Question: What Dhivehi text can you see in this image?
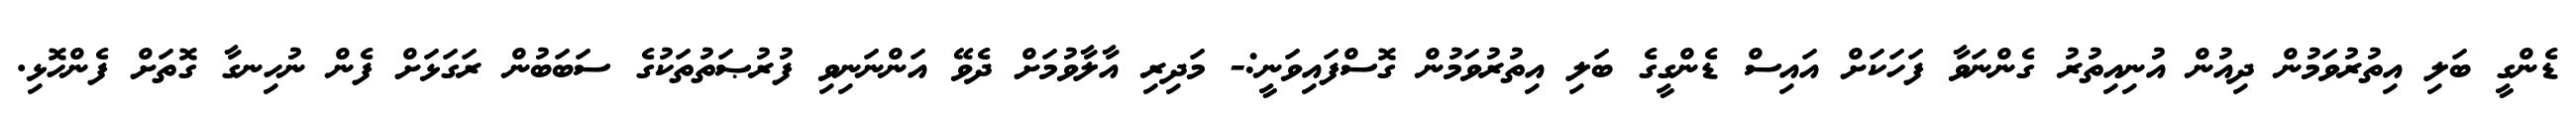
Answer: ޑެންގީ ބަލި އިތުރުވަމުން ދިއުން އުނިއިތުރު ގެންނަވާ ފަހަކަށް އައިސް ޑެންގީގެ ބަލި އިތުރުވަމުން ގޮސްފައިވަނީ:- މަދިރި އާލާވުމަށް ދެވޭ އަންނަނިވި ފުރުޞަތުތަކުގެ ސަބަބުން ރަގަޅަށް ފެން ނުހިނގާ ގޮތަށް ފެންހޮޅި.